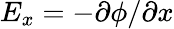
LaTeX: E_{x}=-\partial\phi/\partial x